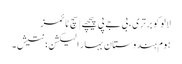
لالو کو برتری، بی جے پی پیچھے | سچ ٹائمز
ہوم ہندوستان بہار الیکشن؛ نتیش۔